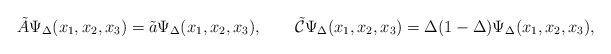
\begin{align*}\tilde A\Psi_\Delta(x_1,x_2,x_3)=\tilde a\Psi_\Delta(x_1,x_2,x_3),\qquad\tilde{\cal C}\Psi_\Delta(x_1,x_2,x_3)=\Delta(1-\Delta)\Psi_\Delta(x_1,x_2,x_3),\end{align*}